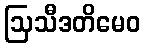
ဩသီဒတိမေဝ